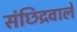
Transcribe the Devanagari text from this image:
संछिद्रवाले